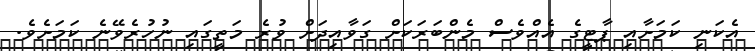
އެކަނި ކަމަށާއި ޕާޓީގެ އެއްވެސް މެންބަރަކަށް ގަވާއިދަށް ވުރެ މަތީގައި ނުހުރެވޭނެ ކަމަށެވެ.